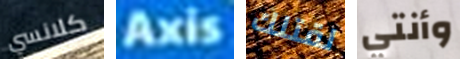
كلانسي Axis لقتلك وأنتي